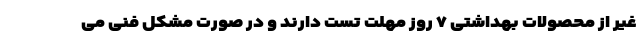
غیر از محصولات بهداشتی ۷ روز مهلت تست دارند و در صورت مشکل فنی می